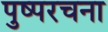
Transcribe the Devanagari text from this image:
पुष्परचना